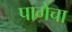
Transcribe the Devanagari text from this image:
पागेचा